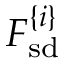
F _ { \mathrm { s d } } ^ { \{ i \} }